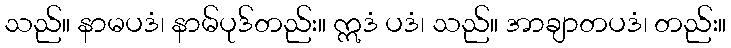
သည်။ နာမပဒံ၊ နာမ်ပုဒ်တည်း။ ဣဒံ ပဒံ၊ သည်။ အာချာတပဒံ၊ တည်း။